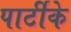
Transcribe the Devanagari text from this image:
पार्टीके